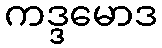
ကဒ္ဒမောဒ